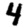
Digit: 4